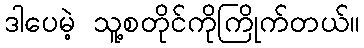
ဒါပေမဲ့ သူ့စတိုင်ကိုကြိုက်တယ်။